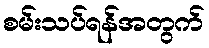
စမ်းသပ်ရန်အတွက်